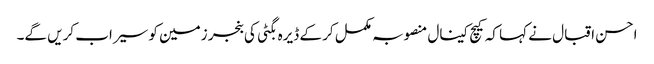
احسن اقبال نے کہا کہ کیچ کینال منصوبہ مکمل کر کے ڈیرہ بگٹی کی بنجر زمین کو سیراب کریں گے۔